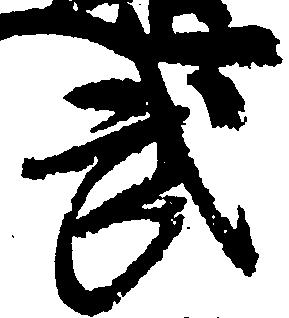
武